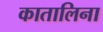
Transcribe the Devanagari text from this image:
कातालिना